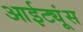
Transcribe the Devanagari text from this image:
आईट्यूंस